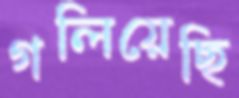
গলিয়েছি